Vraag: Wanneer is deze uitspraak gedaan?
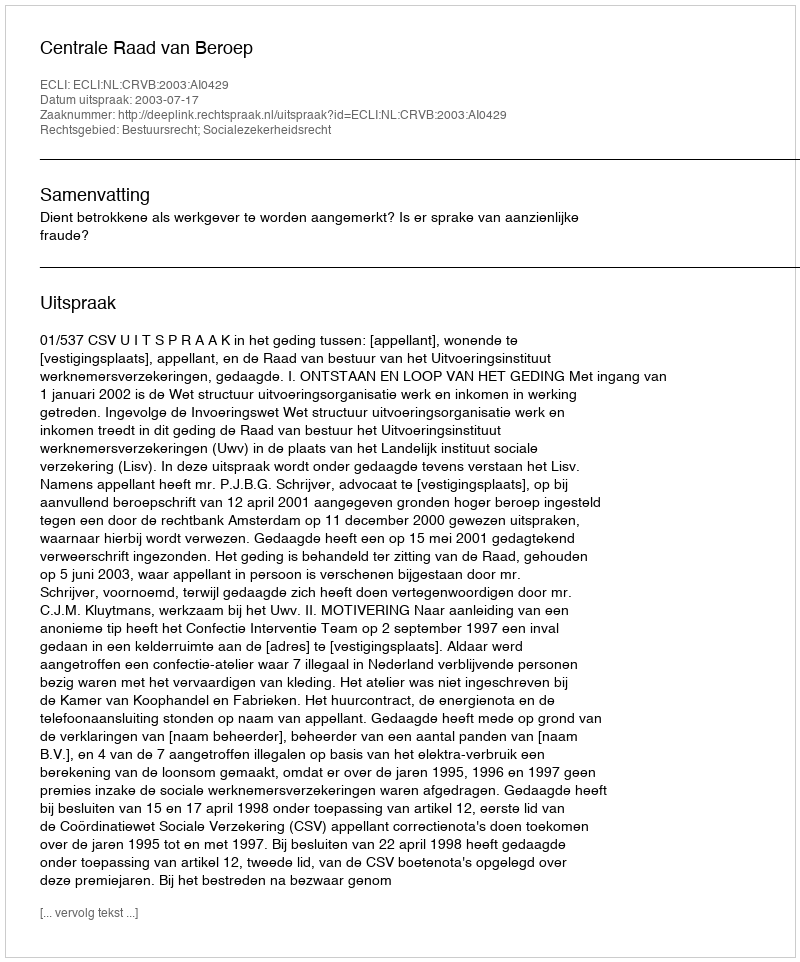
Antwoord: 2003-07-17